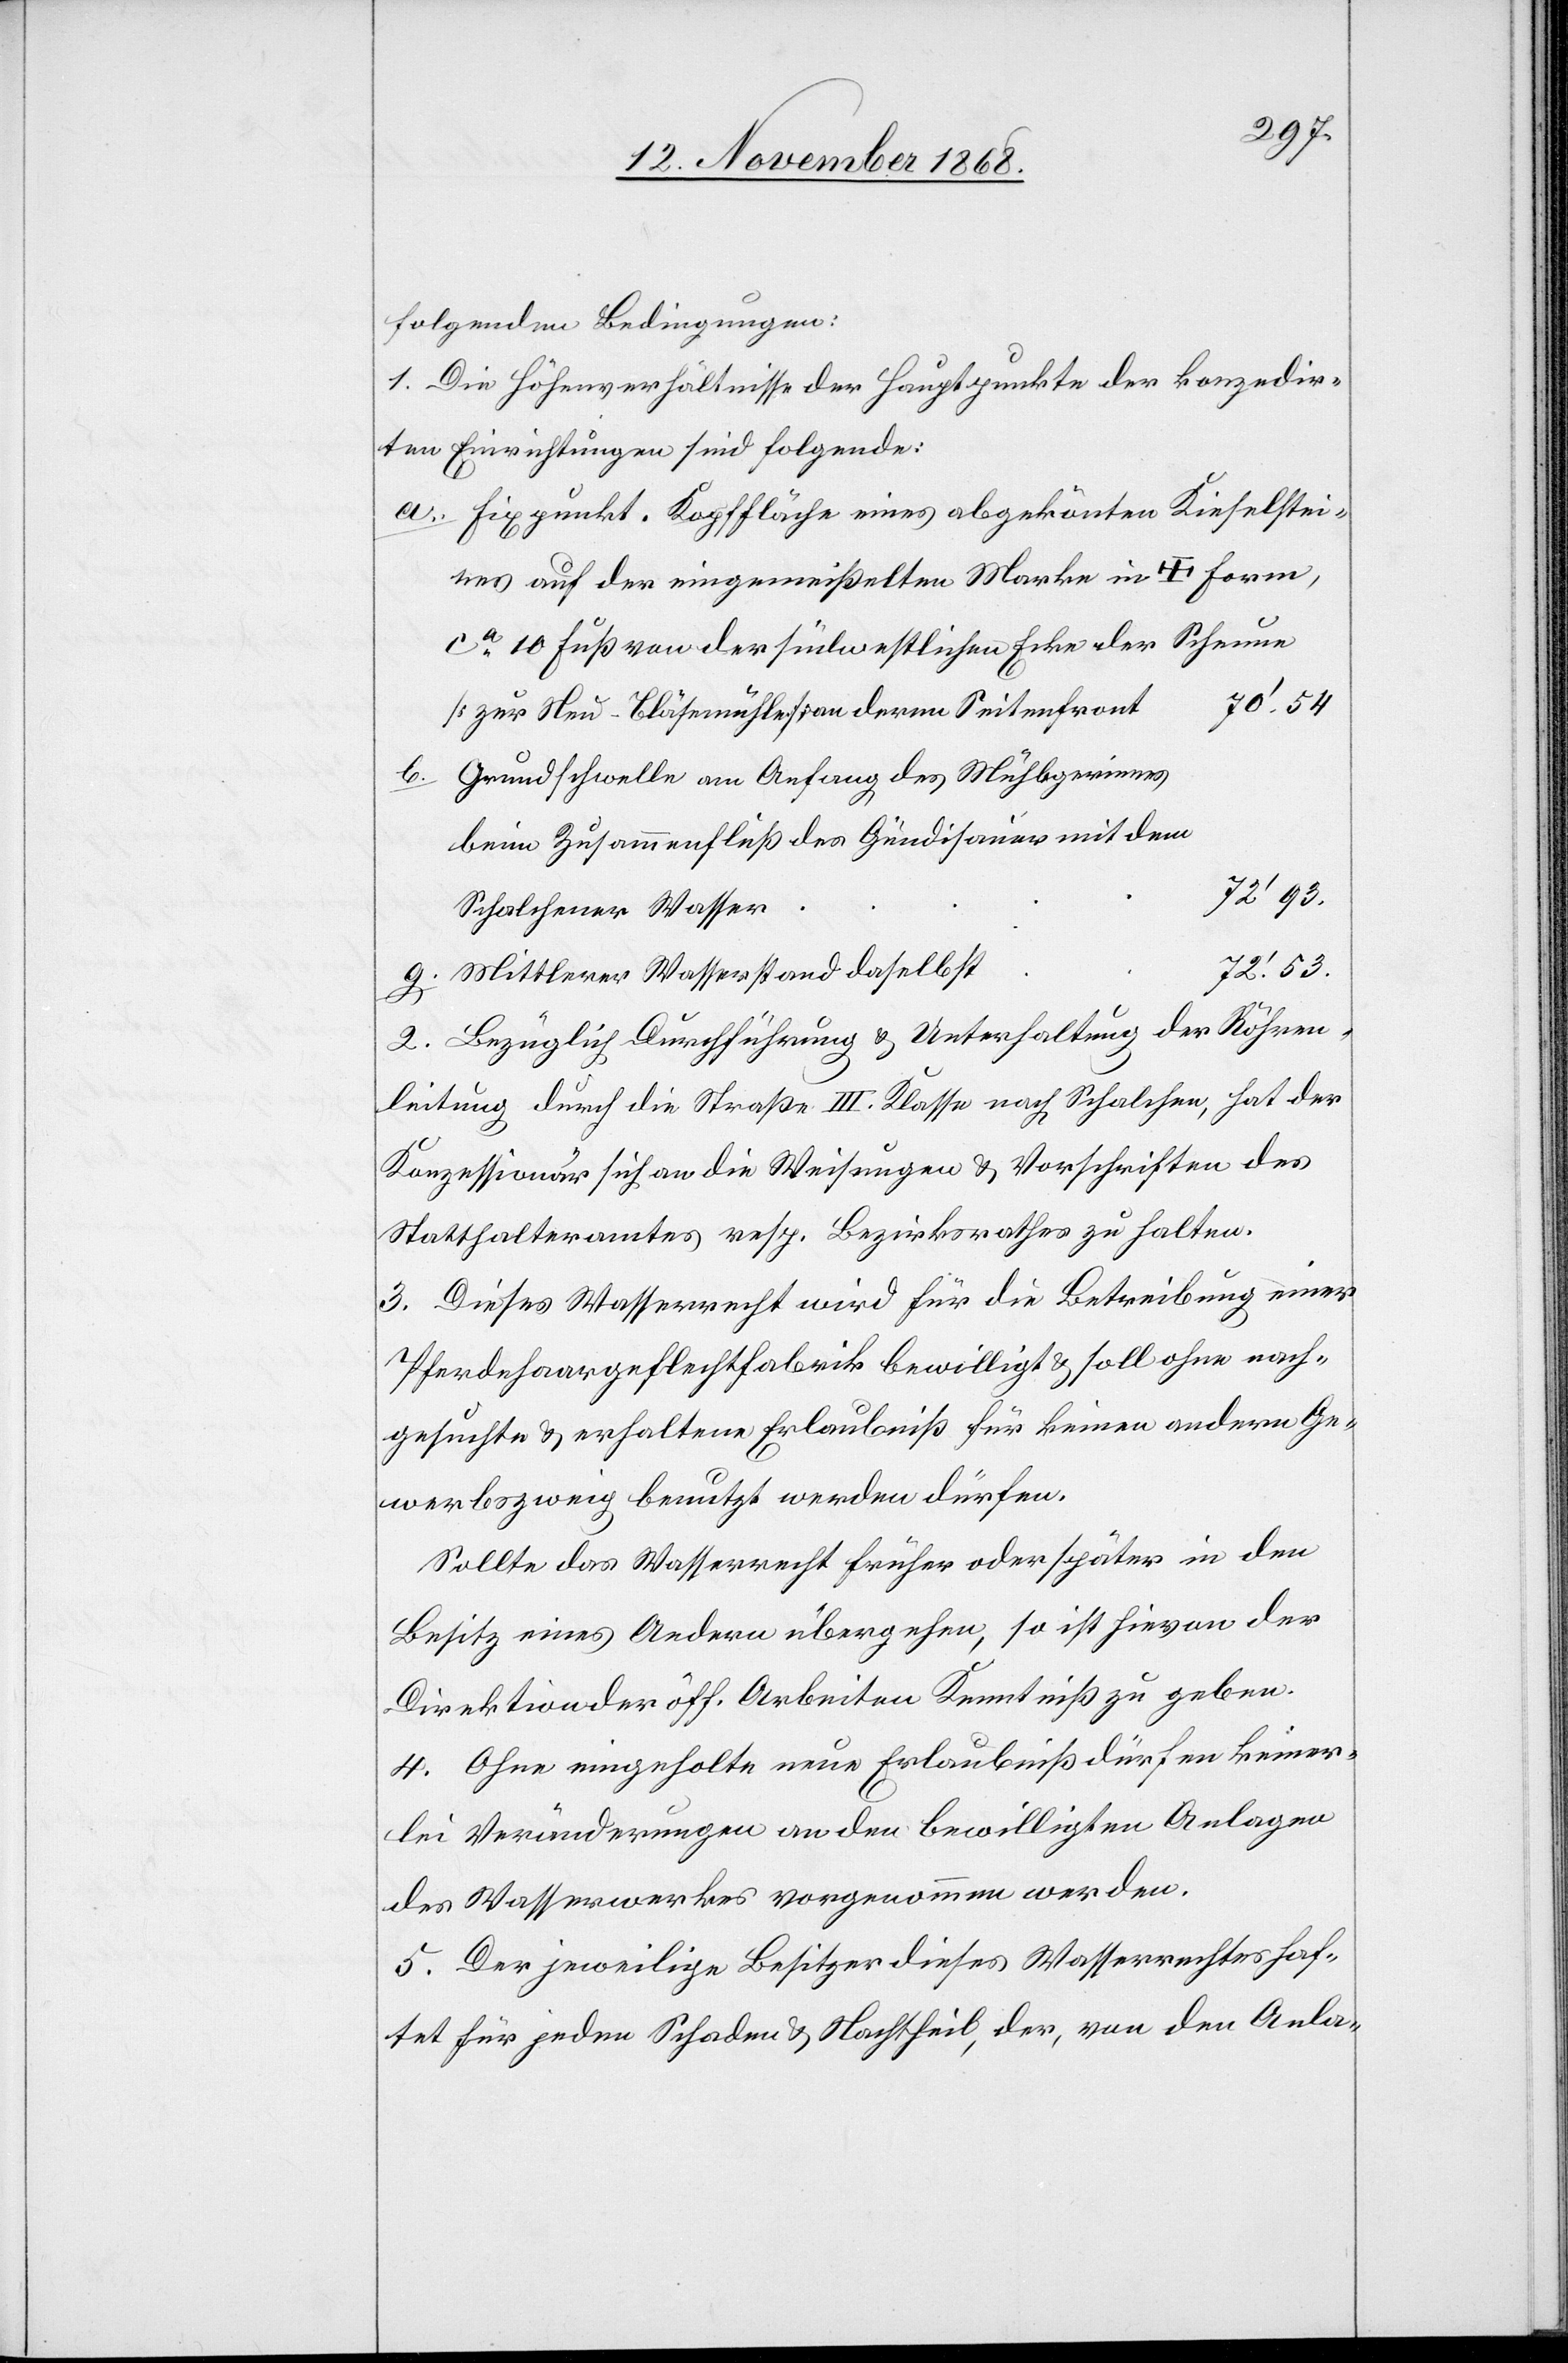
folgenden Bedingungen:
1. Die Höhenverhältnisse der Hauptpunkte der konzedir¬
ten Einrichtungen sind folgende:
Fixpunkt. Kopffläche eines abgekönten Kieselstei¬
nes auf der eingemeißelten Marke in + Form,
ca 10 Fuß von der südwestlichen Ecke der Scheune
70‘.54
[zur Neu-Bläsemühle] an deren Seitenfront
b.
Grundschwelle am Anfang des Mühlgerinnes
beim Zusammenfluß des Gündisauer mit dem
Schalchener Wasser
72‘.53.
Mittlerer Wasserstand daselbst
2. Bezüglich Durchführung & Unterhaltung der Röhren¬
leitung durch die Straße III. Klasse nach Schalchen, hat der
Konzessionär sich an die Weisungen & Vorschriften des
Statthalteramtes resp. Bezirksrathes zu halten.
3. Dieses Wasserrecht wird für die Betreibung einer
Pferdehaargeflechtfabrik bewilligt & soll ohne nach¬
gesuchte & erhaltene Erlaubniß für keinen andern Ge¬
werbszweig benutzt werden dürfen.
Sollte das Wasserrecht früher oder später in den
Besitz eines Andern übergehen, so ist hievon der
Direktion der öff. Arbeiten Kenntniß zu geben.
4. Ohne eingeholte neue Erlaubniß dürfen keiner¬
lei Veränderungen an den bewilligten Anlagen
des Wasserwerkes vorgenommen werden.
5. Der jeweilige Besitzer dieses Wasserrechtes haf¬
tet für jeden Schaden & Nachtheil, der, von den Anla-